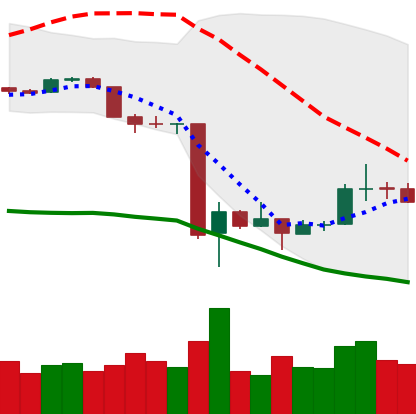
Ticker: BTC-USD
Chart end date: 2020-03-22
Forward return: 10.969%
Label: up_7plus